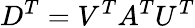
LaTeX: D^{T}=V^{T}A^{T}U^{T}